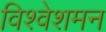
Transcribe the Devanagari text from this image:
विश्वेशमन